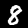
Digit: 8